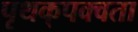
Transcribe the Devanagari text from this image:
पृथक्‌पक्वता